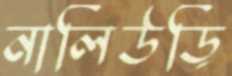
নালিউড়ি